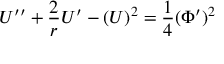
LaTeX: U ^ { \prime \prime } + \frac { 2 } { r } U ^ { \prime } - ( U ) ^ { 2 } = { \frac { 1 } { 4 } } ( \Phi ^ { \prime } ) ^ { 2 }